Scottish Leaving Certificate Examination, 1954
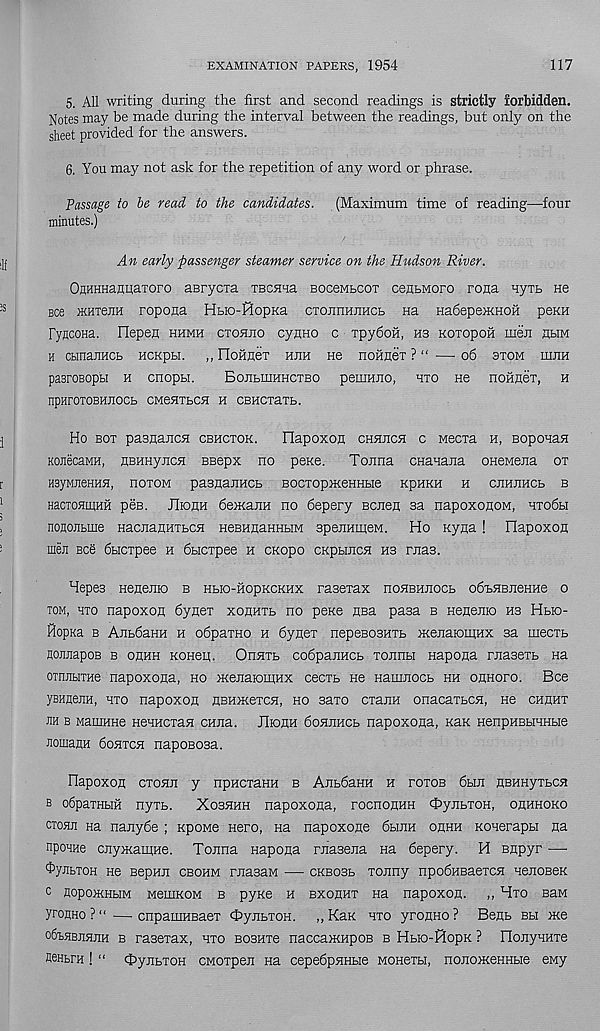
EXAMINATION PAPERS, 1954
117
5. All writing during the first and second readings is strictly forbidden.
Notes may be made during the interval between the readings, but only on the
sheet provided for the answers.
6. You may not ask for the repetition of any word or phrase.
Passage to le read to the candidates. (Maximum time of reading—four
minutes.)
An early passenger steamer service on the Hudson River.
OflHHHamiaToro aBrycxa TBcsm BoceMbcox cenbMoro rona nyxb He
see iKHTeira ropona Hbio-RopKa CTOJinHirncb Ha nadepeiKHOH peKH
FyHCOHa. Ilepen hhmh ctohjio cyHHO c Tpydofi, hs KoiopoH men hbim
h cbinanHCb HCKpbi. ,, rioHHeT hjih He noimeT ? “ — 06 stom ihjih
pasroBopbi h cnopbi.
BoiibmHHCTBo pemmio, hto He noiiHeT, h
npHrOTOBHJIOCb CMeHTbCH H CBHCTaTb.
Ho bot pasHaiicH cbhctok.
Ilapoxon chhjich c Mecxa h, BoponaH
KonecaMH, HBHHyncH BBepx no peKe.
Tonna CHanajia oneMena ox
HsyMneHHH, noxoM pasnanHCb BOCxopiKeHHbie kphkh h cjihuhcb b
HacTOHmHH pes. JIionH deoKanH no 6epery BcneH sa napoxoaoM, hxo6h
nofloiibme HacjianHTbcn HeBHnaHHbiM BpeiiHineM. Ho nyna ! Hapoxon
men Bee 6bicxpee h dbicxpee h CKopo CKpuncH H3 rnas.
Hepes Heaejiio b hbio-hopkckhx rasexax noHBHJiocb odbHBiieHHe o
tom, hto napoxon 6ynex xonHXb no pexe nea pasa b Henejiro hs Hbio-
fiopna b AnbdaHH h odpaxno h dynex nepesosHTb xcejiaiomHX sa mecxb
nonnapoB b ohhh KOHen. Onsixb codpanncb xonnbi napona rnasexb Ha
OTruiHTHe napoxona, ho JKenaiomiHx cecxb He Hamnocb hh ohhoxo. Bee
yBHKejiH, hxo napoxon nBHmexcH, ho saxo exann onacaxbcn, He chuhx
jih b Mamnne HenHcxan cHna. JIiohh doniiHCb napoxona, Kan HenpHBbHHbie
nouiaHH 6ohtc5i napoBoaa.
IlapoxoH ctohit y npHCxaHH b Anb6aHH h potob 6bm EBHHyxbcn
b o6paTHbm nyxb.
Xoshhh napoxona, rocnonHH OynbxoH, onHHOKo
ctohji Ha nanyde ; up owe Hero, na napoxone 6hjih ohhh Konerapbi na
npoHHe cnyiKamHe. Tonna napona rnasena na 6epery. H Bnpyr —
^ynbTOH He Bepnii cbohm masaM — ckbosb xonny npodHBaexcn nenoBeK
c nopoiKHbiM MemnoM b pyKe h BXOHHT Ha napoxon. ,, Hxo BUM
yronHo?“.— cnpamHBaex OynbxoH. ,,KaK hto yrouHO? Benb bh me
o6i.HBJi5inH b rasexax, hto boshtc naccaiKHpOB b Hbio-HopK ? riojiyHHxe
fleHBra ! “ cpiyubTOH CMOTpen na cepedpnHbie MOHexbi, nonomeHHbie eMy